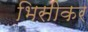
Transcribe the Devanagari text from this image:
भिसीकर